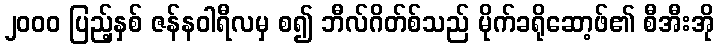
၂၀၀၀ ပြည့်နှစ် ဇန်နဝါရီလမှ စ၍ ဘီလ်ဂိတ်စ်သည် မိုက်ခရိုဆော့ဖ်၏ စီအီးအို